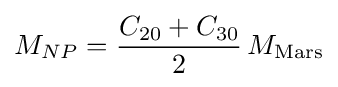
M_{NP}={\frac {C_{20}+C_{30}}{2}}\,M_{\text{Mars}}